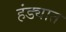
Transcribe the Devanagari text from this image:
हंड्यात